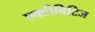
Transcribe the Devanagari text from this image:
एक्टीविटिज